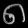
Digit: ၈